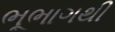
ભૂભાગથી